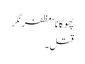
پھوگانا ‘ مظفر نگر
قتل۔